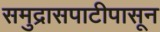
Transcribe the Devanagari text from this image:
समुद्रासपाटीपासून